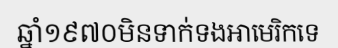
ឆ្នាំ១៩៧០មិនទាក់ទងអាមេរិកទេ